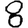
Digit: 8